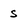
Character: s